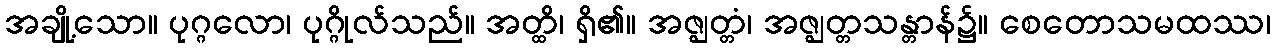
အချို့သော။ ပုဂ္ဂလော၊ ပုဂ္ဂိုလ်သည်။ အတ္ထိ၊ ရှိ၏။ အဇ္ဈတ္တံ၊ အဇ္ဈတ္တသန္တာန်၌။ စေတောသမထဿ၊